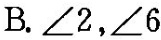
B.∠2，∠6